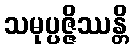
သမုပ္ပဇ္ဇိဿန္တိ